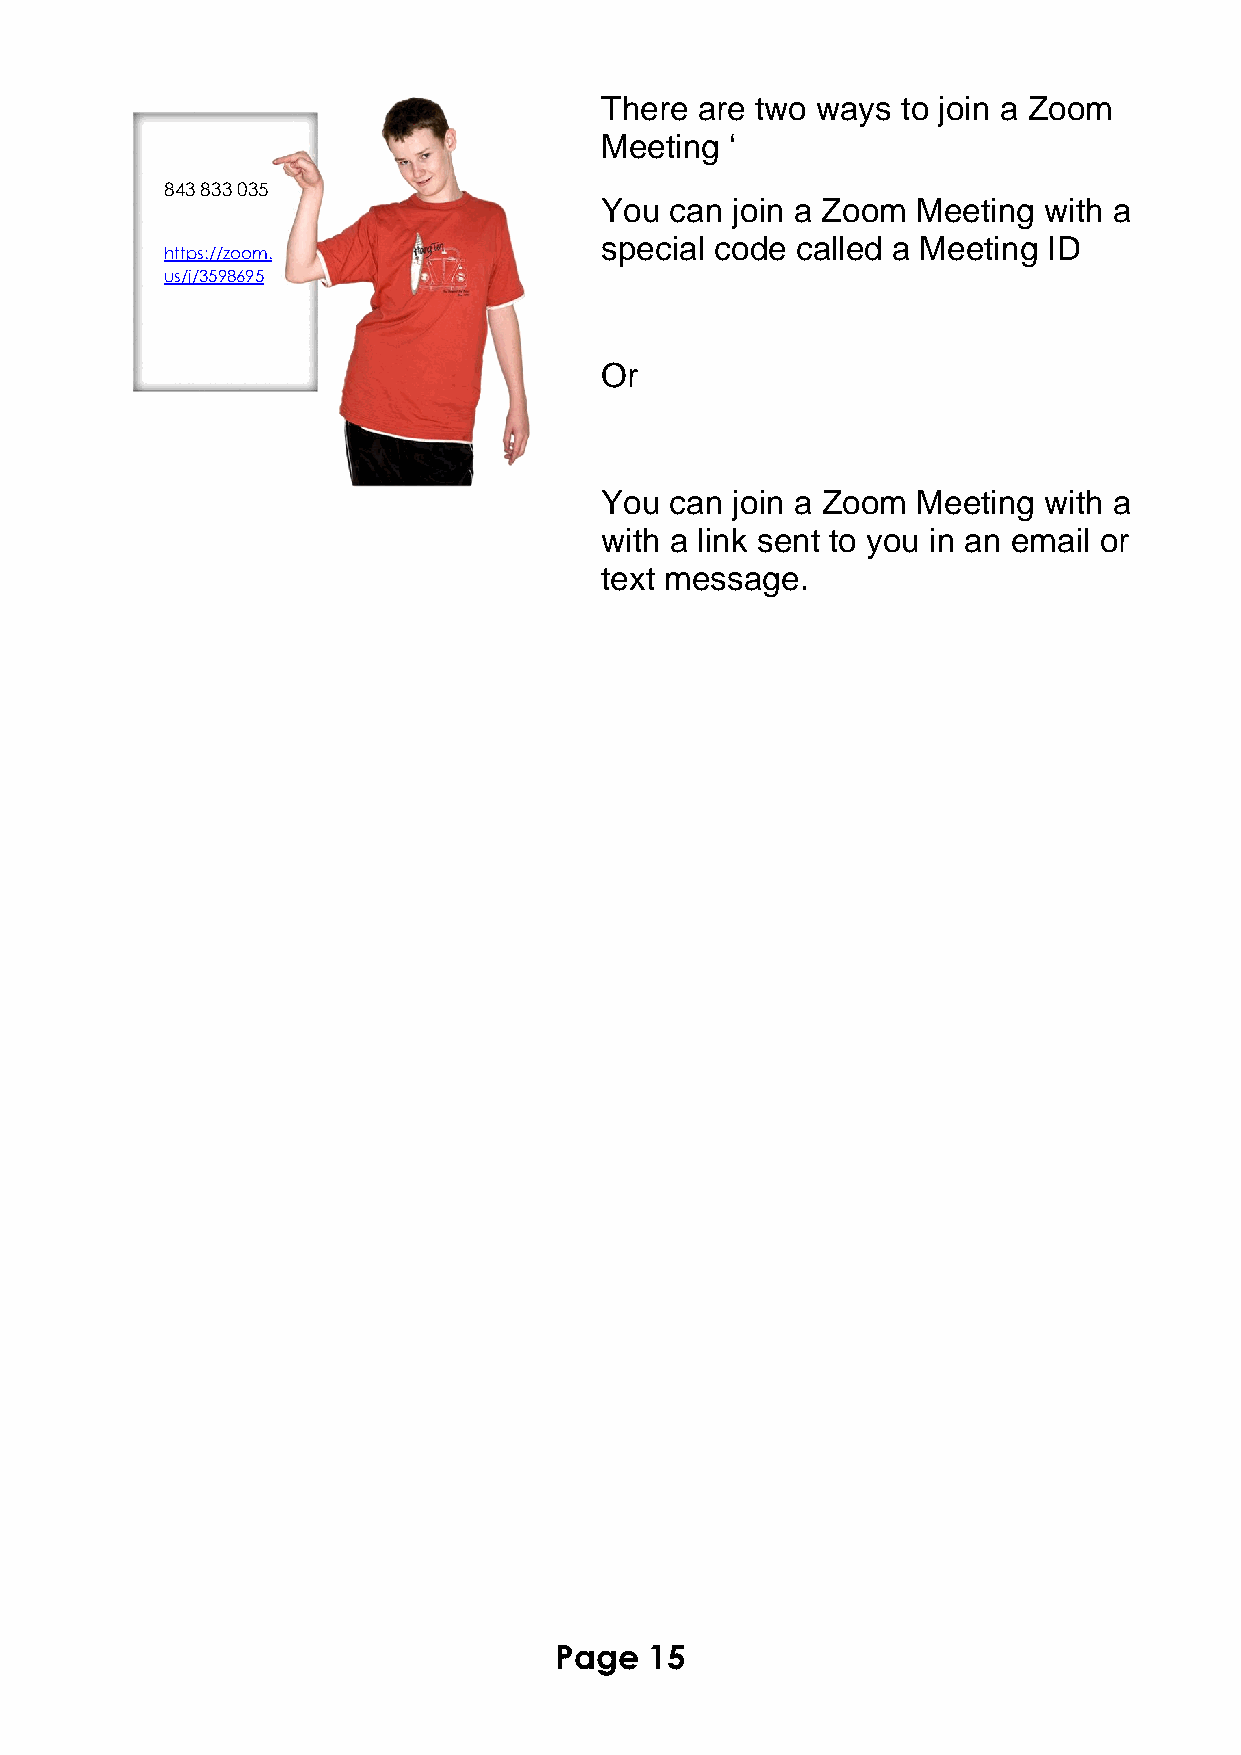
There are two ways  to join a Zoom
 Meeting ‘
 843 833 035
 You can join a Zoom  Meeting with a
 special code called a Meeting ID
 https://zoom.
 us/j/3598695
 Or
 You can join a Zoom  Meeting with a
 with a link sent to you in an email or
 text message.
 Page  15